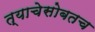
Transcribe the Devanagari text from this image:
त्याचेसोबतच